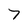
Character: 7